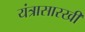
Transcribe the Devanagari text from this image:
यंत्रासारखी